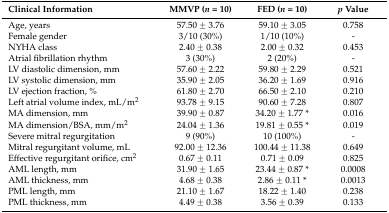
<table><thead><tr><td><b>Clinical Information</b></td><td><b>MMVP (<i>n</i> = 10)</b></td><td><b>FED (<i>n</i> = 10)</b></td><td><b><i>p</i> Value</b></td></tr></thead><tbody><tr><td>Age, years</td><td>57.50 ± 3.76</td><td>59.10 ± 3.05</td><td>0.758</td></tr><tr><td>Female gender</td><td>3/10 (30%)</td><td>1/10 (10%)</td><td>-</td></tr><tr><td>NYHA class</td><td>2.40 ± 0.38</td><td>2.00 ± 0.32</td><td>0.453</td></tr><tr><td>Atrial fibrillation rhythm</td><td>3 (30%)</td><td>2 (20%)</td><td>-</td></tr><tr><td>LV diastolic dimension, mm</td><td>57.60 ± 2.22</td><td>59.80 ± 2.29</td><td>0.521</td></tr><tr><td>LV systolic dimension, mm</td><td>35.90 ± 2.05</td><td>36.20 ± 1.69</td><td>0.916</td></tr><tr><td>LV ejection fraction, %</td><td>61.80 ± 2.70</td><td>66.50 ± 2.10</td><td>0.210</td></tr><tr><td>Left atrial volume index, mL/m<sup>2</sup></td><td>93.78 ± 9.15</td><td>90.60 ± 7.28</td><td>0.807</td></tr><tr><td>MA dimension, mm</td><td>39.90 ± 0.87</td><td>34.20 ± 1.77 *</td><td>0.016</td></tr><tr><td>MA dimension/BSA, mm/m<sup>2</sup></td><td>24.04 ± 1.36</td><td>19.81 ± 0.55 *</td><td>0.019</td></tr><tr><td>Severe mitral regurgitation</td><td>9 (90%)</td><td>10 (100%)</td><td>-</td></tr><tr><td>Mitral regurgitant volume, mL</td><td>92.00 ± 12.36</td><td>100.44 ± 11.38</td><td>0.649</td></tr><tr><td>Effective regurgitant orifice, cm<sup>2</sup></td><td>0.67 ± 0.11</td><td>0.71 ± 0.09</td><td>0.825</td></tr><tr><td>AML length, mm</td><td>31.90 ± 1.65</td><td>23.44 ± 0.87 *</td><td>0.0008</td></tr><tr><td>AML thickness, mm</td><td>4.68 ± 0.38</td><td>2.86 ± 0.11 *</td><td>0.0013</td></tr><tr><td>PML length, mm</td><td>21.10 ± 1.67</td><td>18.22 ± 1.40</td><td>0.238</td></tr><tr><td>PML thickness, mm</td><td>4.49 ± 0.38</td><td>3.56 ± 0.39</td><td>0.133</td></tr></tbody></table>